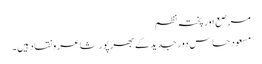
مرصع اور پختہ نظم
مسعود حساس دور جدید کے بھر پور شاعر و نقاد ہیں۔